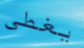
يغطي